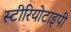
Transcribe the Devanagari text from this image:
स्‍टीरियोटाइपी